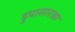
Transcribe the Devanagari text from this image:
डुमासारखा